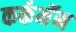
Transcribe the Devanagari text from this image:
कर्कमॅन